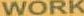
WORK